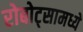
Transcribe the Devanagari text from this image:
रोबोट्सामध्ये